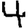
Digit: 4